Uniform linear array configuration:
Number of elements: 12
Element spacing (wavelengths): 0.25
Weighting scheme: uniform
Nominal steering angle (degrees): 60
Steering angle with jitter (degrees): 61.276
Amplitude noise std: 0.05
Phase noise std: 0.05

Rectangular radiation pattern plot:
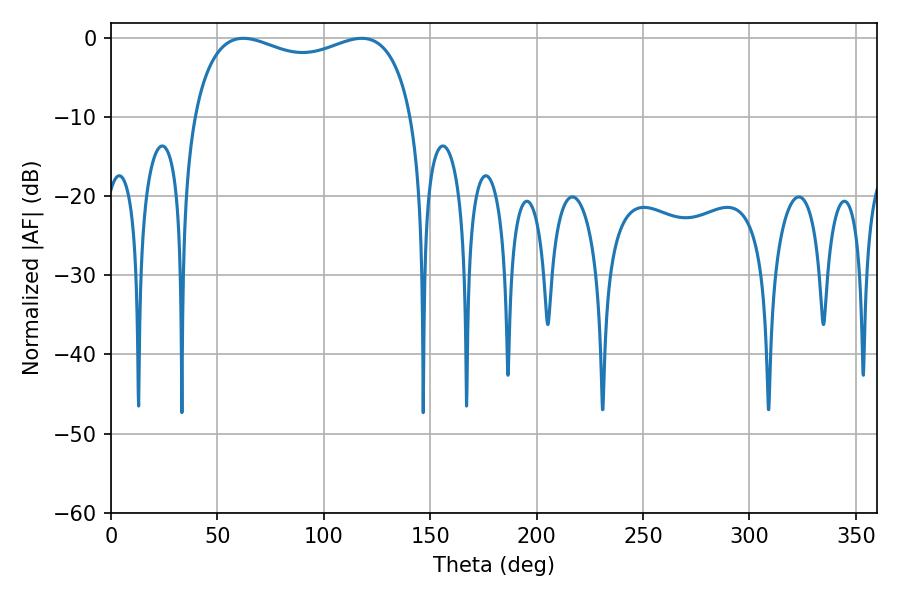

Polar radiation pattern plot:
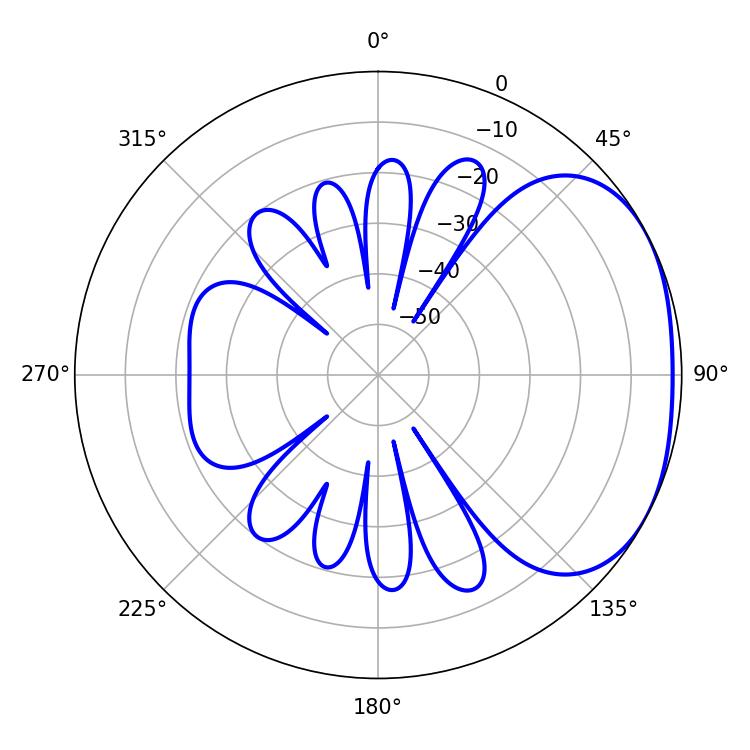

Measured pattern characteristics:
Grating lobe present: FALSE
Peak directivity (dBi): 2.357
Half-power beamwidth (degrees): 84.96
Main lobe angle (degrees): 62.1